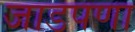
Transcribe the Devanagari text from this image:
जाडपणा